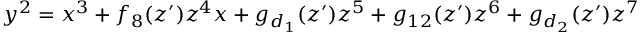
y ^ { 2 } = x ^ { 3 } + f _ { 8 } ( z ^ { \prime } ) z ^ { 4 } x + g _ { d _ { 1 } } ( z ^ { \prime } ) z ^ { 5 } + g _ { 1 2 } ( z ^ { \prime } ) z ^ { 6 } + g _ { d _ { 2 } } ( z ^ { \prime } ) z ^ { 7 }